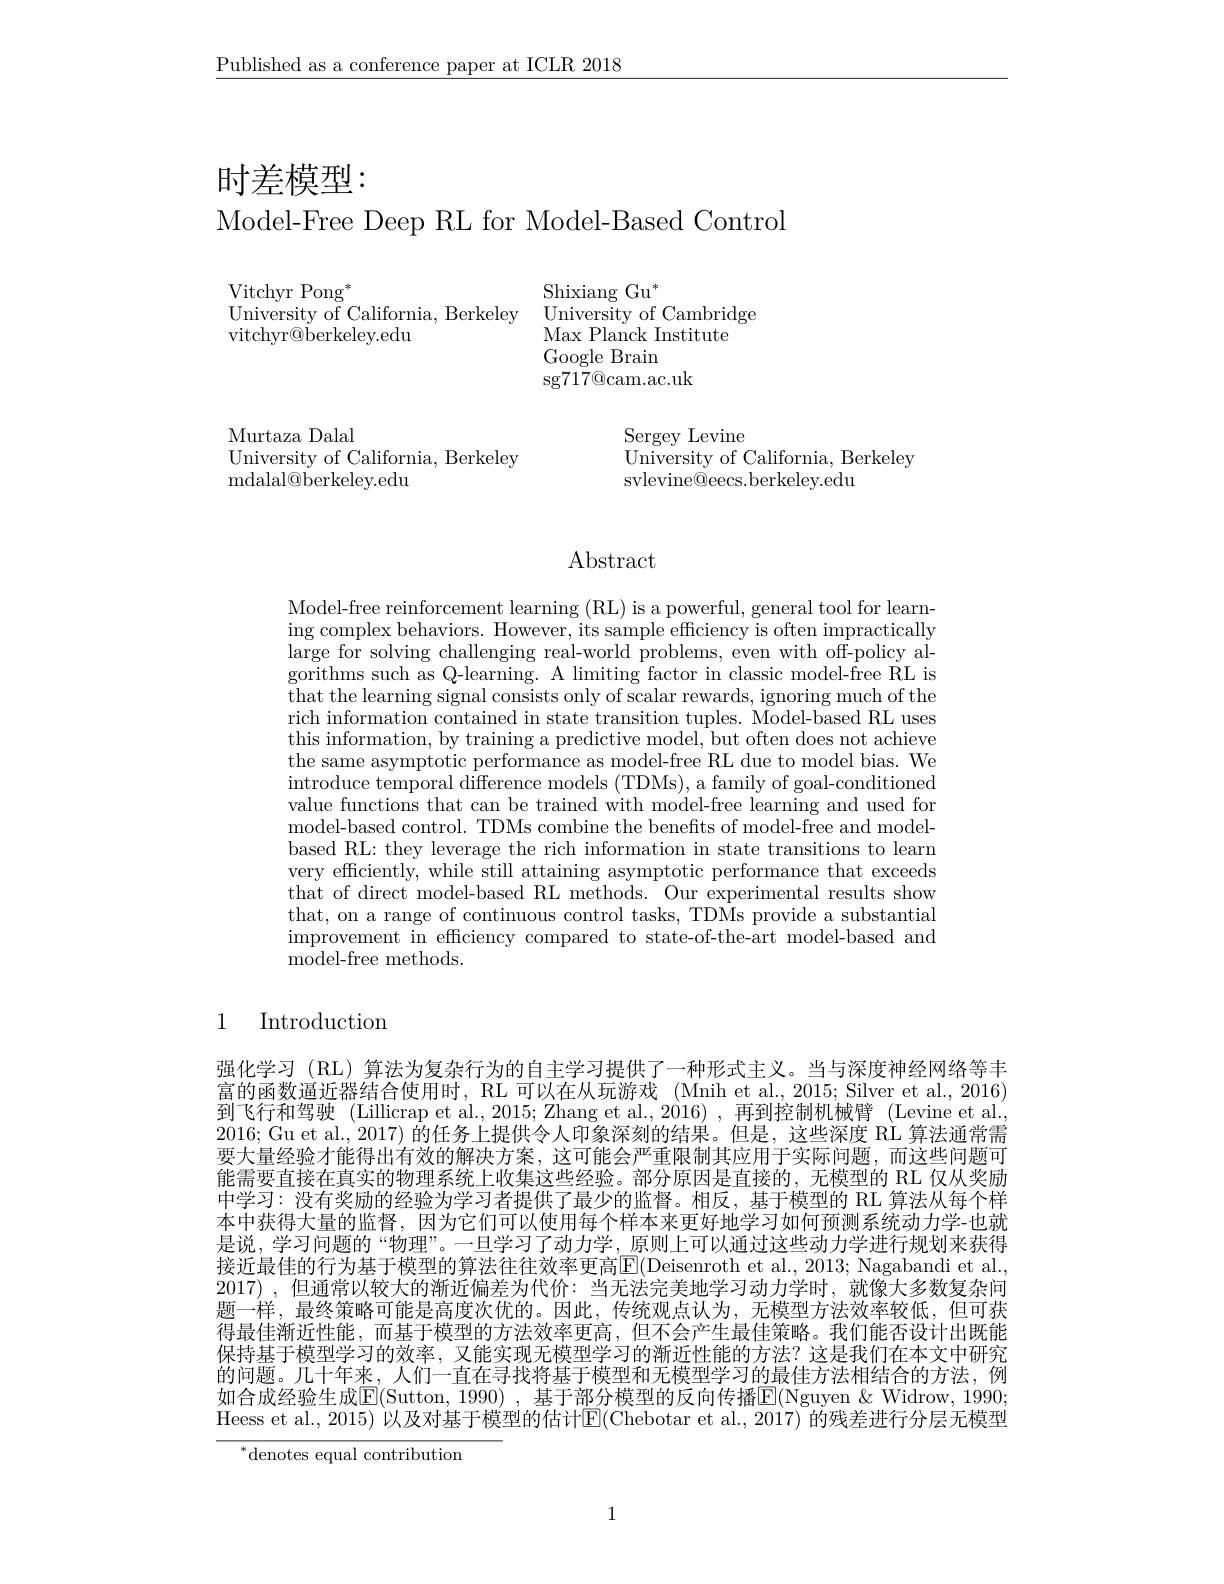
$\underline{\text{Published as a conference paper at ICLR 2018}}$

时差模型：

Model-Free Deep RL for Model-Based Control

Vitchyr Pong$^*$
University of California, Berkeley
vitchyr@berkeley.edu

Shixiang Gu$^*$
University of Cambridge
Max Planck Institute
Google Brain
$\operatorname{sg}717@$cam.ac.uk

Murtaza Dalal
University of California, Berkeley
${\mathrm{mdalal@berkeley.edu}}$

Sergey Levine
University of California, Berkeley
svlevine@eecs.berkeley.edu

# Abstract

Model-free reinforcement learning (RL) is a powerful, general tool for learning complex behaviors. However, its sample efficiency is often impractically large for solving challenging real-world problems, even with off-policy al- $\bar{\text{gorithms such as Q-learning. A limiting factor in classic model-free RL is}}$ $\bar{\text{that the learning signal consists only of scalar rewards, ignoring much of the}}$ rich information contained in state transition tuples. Model-based RL uses this information, by training a predictive model, but often does not achieve the same asymptotic performance as model-free RL due to model bias. We introduce temporal difference models (TDMs), a family of goal-conditioned value functions that can be trained with model-free learning and used for model-based control. TDMs combine the benefits of model-free and modelbased RL: they leverage the rich information in state transitions to learn very efficiently, while still attaining asymptotic performance that exceeds that of direct model-based RL methods. Our experimental results show that, on a range of continuous control tasks, TDMs provide a substantial improvement in efficiency compared to state-of-the-art model-based and model-free methods.

# 1 Introduction

强化学习 (RL) 算法为复杂行为的自主学习提供了一种形式主义。当与深度神经网络等丰富的函数逼近器结合使用时，RL 可以在从玩游戏 (Mnih et al., 2015; Silver et al., 2016) 到飞行和驾驶 (Lillicrap et al., 2015; Zhang et al., 2016) , 再到控制机械臂 (Levine et al. 2016; Gu et al., 2017) 的任务上提供令人印象深刻的结果。但是，这些深度 RL 算法通常需要大量经验才能得出有效的解决方案，这可能会严重限制其应用于实际问题，而这些问题可能需要直接在真实的物理系统上收集这些经验。部分原因是直接的，无模型的 RL 仅从奖励中学习：没有奖励的经验为学习者提供了最少的监督。相反，基于模型的 RL 算法从每个样本中获得大量的监督，因为它们可以使用每个样本来更好地学习如何预测系统动力学-也就是说，学习问题的“物理”。一旦学习了动力学 , 原则上可以通过这些动力学进行规划来获得接近最佳的行为基于模型的算法往往效率更高$\boxed{\mathrm{E}}($Deisenroth et al., 2013; Nagabandi et al. 2017) ,但通常以较大的渐近偏差为代价：当无法完美地学习动力学时，就像大多数复杂问题一样，最终策略可能是高度次优的。因此，传统观点认为，无模型方法效率较低，但可获得最佳渐近性能，而基于模型的方法效率更高，但不会产生最佳策略。我们能否设计出既能保持基于模型学习的效率，又能实现无模型学习的渐近性能的方法？这是我们在本文中研究的问题。几十年来，人们一直在寻找将基于模型和无模型学习的最佳方法相结合的方法，例如合成经验生成$\overline{\mathrm{E}}($Sutton,1990),基于部分模型的反向传播$\overline{\mathrm{E}}($Nguyen &Widrow, 1990; Heess et al., 2015) 以及对基于模型的估计E(Chebotar et al., 2017) 的残差进行分层无模型

$^*$denotes equal contribution

1